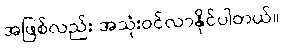
အဖြစ်လည်း အသုံးဝင်လာနိုင်ပါတယ်။